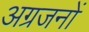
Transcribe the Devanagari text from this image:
अग्रजनों